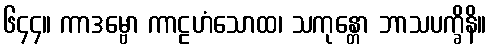
၆၄၄။ ကာဒမ္ဗော ကာဠဟံသောထ၊ သကုန္တော ဘာသပက္ခိနိ။